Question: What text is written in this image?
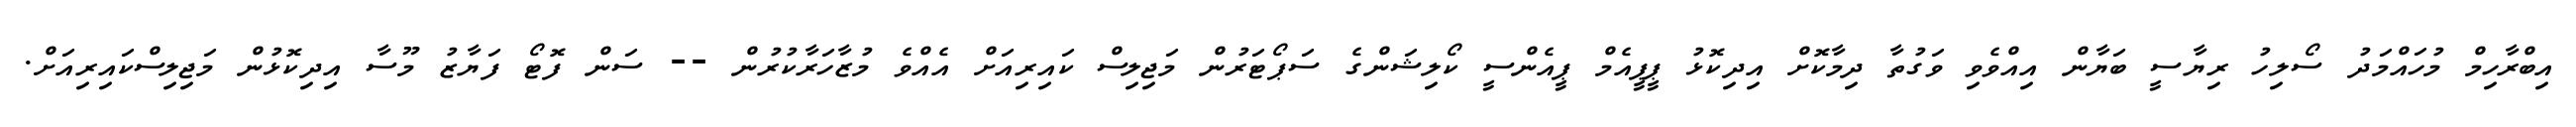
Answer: އިބްރާހިމް މުހައްމަދު ސޯލިހު ރިޔާސީ ބަޔާން އިއްވެވި ވަގުތާ ދިމާކޮށް އިދިކޮޅު ޕީޕީއެމް ޕީއެންސީ ކޯލިޝަންގެ ސަޕޯޓަރުން މަޖިލިސް ކައިރިއަށް އެއްވެ މުޒާހަރާކުރުން -- ސަން ފޮޓޯ ފަޔާޒު މޫސާ އިދިކޮޅުން މަޖިލިސްކައިރިއަށް.